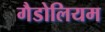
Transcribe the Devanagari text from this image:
गैडोलियम